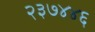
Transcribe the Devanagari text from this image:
२३७४४६